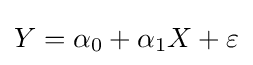
Y=\alpha _{0}+\alpha _{1}X+\varepsilon